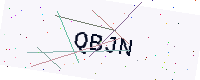
Text: QBJN